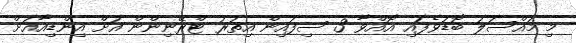
މި މައްސަލަ ބޮޑުވެފައި އޮއްވާ 3 ސިފައިން އިތުރު ޓްރޭނިންން އަށް އިންޑިއާއަށް